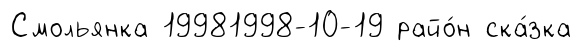
Смольянка 19981998-10-19 райо́н ска́зка